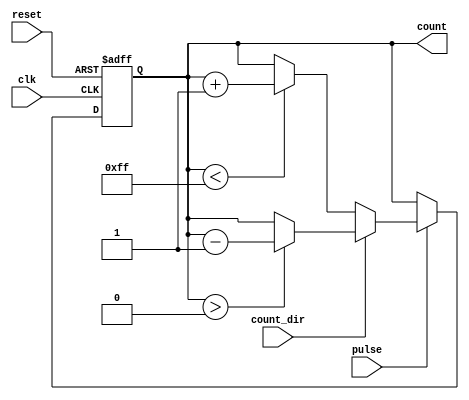
module pulse_counter #(
    parameter N = 8 // Parameter for bit-width of the counter
)(
    input wire clk,              // Clock signal
    input wire reset,            // Asynchronous reset signal
    input wire pulse,            // Pulse input signal
    input wire count_dir,        // Count direction (0 for up, 1 for down)
    output reg [N-1:0] count     // N-bit output count
);

    // Counter logic
    always @(posedge clk or posedge reset) begin
        if (reset) begin
            count <= 0; // Reset count to zero
        end else if (pulse) begin
            if (count_dir == 1'b0) begin
                // Count up
                if (count < (1 << N) - 1) begin // Check for max value
                    count <= count + 1;
                end
            end else begin
                // Count down
                if (count > 0) begin // Ensure count does not go below zero
                    count <= count - 1;
                end
            end
        end
    end

endmodule